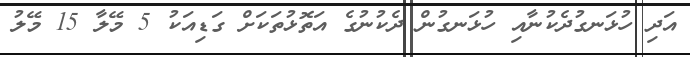
އަދި ހުޅަނގުދެކުނާއި ހުޅަނގުން ދެކުނުގެ އަތޮޅުތަކަށް ގަޑިއަކު 5 މޭލާ 15 މޭލު